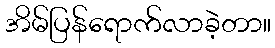
အိမ်ပြန်ရောက်လာခဲ့တာ။